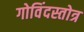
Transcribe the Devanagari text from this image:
गोविंदस्तोत्र